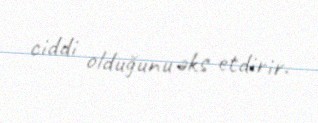
ciddi olduğunu əks etdirir.